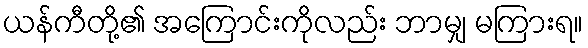
ယန်ကီတို့၏ အကြောင်းကိုလည်း ဘာမျှ မကြားရ။